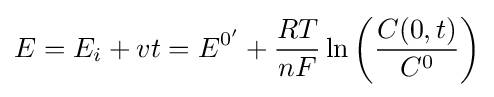
E=E_{i}+vt=E^{0'}+{\frac {RT}{nF}}\ln \left({\frac {C(0,t)}{C^{0}}}\right)